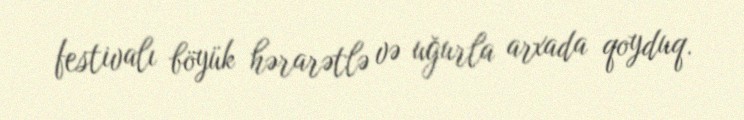
festivalı böyük hərarətlə və uğurla arxada qoyduq.